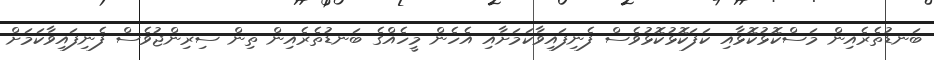
ބަނޑުތެރެއިން މަސްކޮޅުކޮޅާއި ކަފަކޮޅުކޮޅުވެސް ފެނިފައިވާކަމަށާއި އެހެން މީހެއްގެ ބަނޑުތެރެއިން ތިން ސިރިންޖުވެސް ފެނިފައިވާކަމަށް